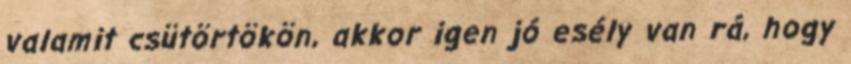
valamit csütörtökön, akkor igen jó esély van rá, hogy